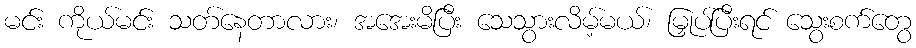
မင်း ကိုယ်မင်း သတ်နေတာလား၊ အအေးမိပြီး သေသွားလိမ့်မယ်၊ မြှုပ်ပြီးရင် သွေးစက်တွေ